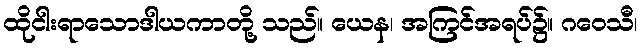
ထိုငါးရာသောဒါယကာတို့ သည်။ ယေန၊ အကြင်အရပ်၌။ ဂဝေသီ၊